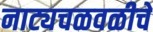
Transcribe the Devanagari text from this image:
नाट्यचळवळीचे